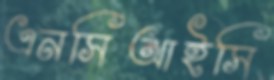
এনসিআইসি